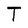
Character: T